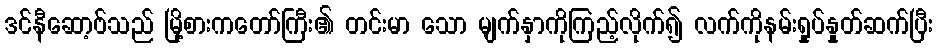
ဒင်နီဆော့ဗ်သည် မြို့စားကတော်ကြီး၏ တင်းမာ သော မျက်နှာကိုကြည့်လိုက်၍ လက်ကိုနမ်းရှုပ်နှုတ်ဆက်ပြီး